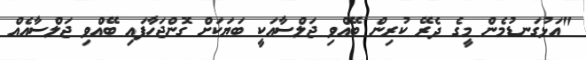
"އަޅުގަނޑުމެން މީގެ ދެރޭ ކުރިން ބޭއްވި ޖަލްސާއަކީ ބަޔަކަށް ގޮންޖަހާފައި ބޭއްވި ޖަލްސާއެއް